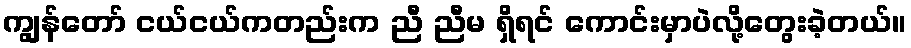
ကျွန်တော် ငယ်ငယ်ကတည်းက ညီ ညီမ ရှိရင် ကောင်းမှာပဲလို့တွေးခဲ့တယ်။